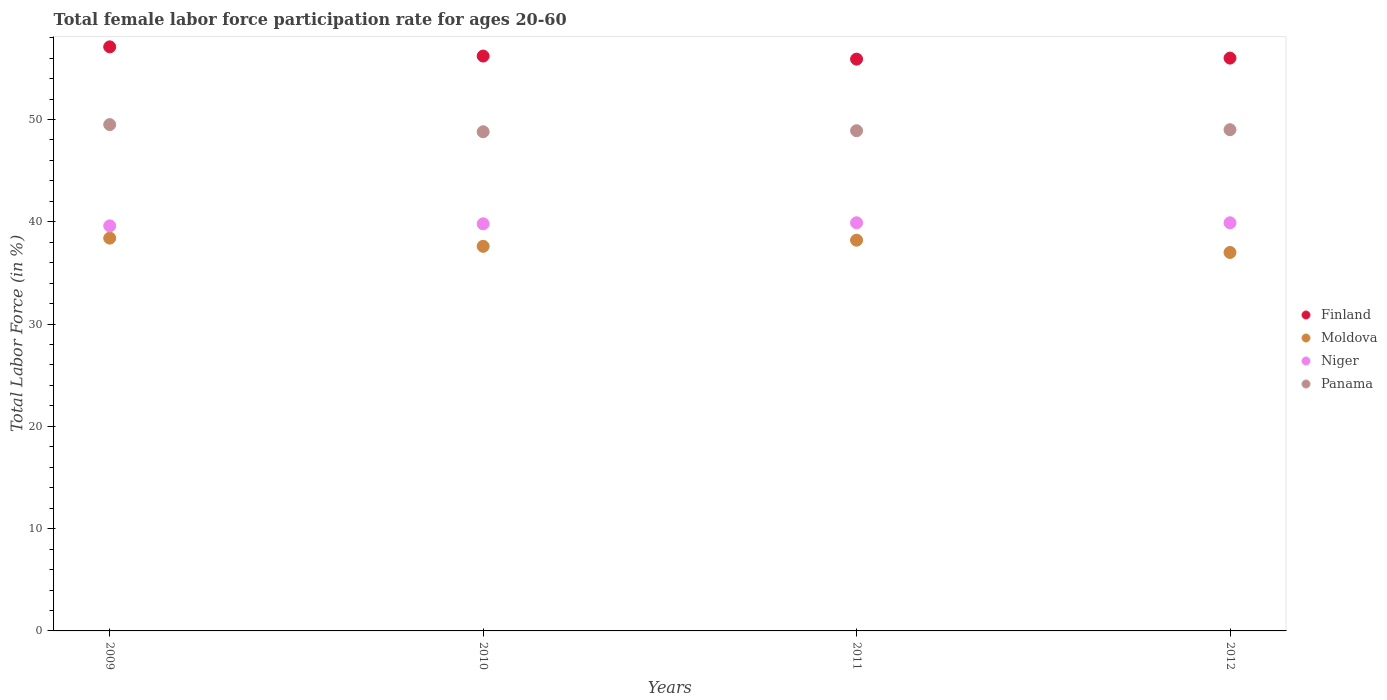
| Years | Finland | Moldova | Niger | Panama |
 | --- | --- | --- | --- | --- |
 | 2009 | 57.1 | 38.4 | 39.6 | 49.5 |
 | 2010 | 56.2 | 37.6 | 39.8 | 48.8 |
 | 2011 | 55.9 | 38.2 | 39.9 | 48.9 |
 | 2012 | 56 | 37 | 39.9 | 49 |